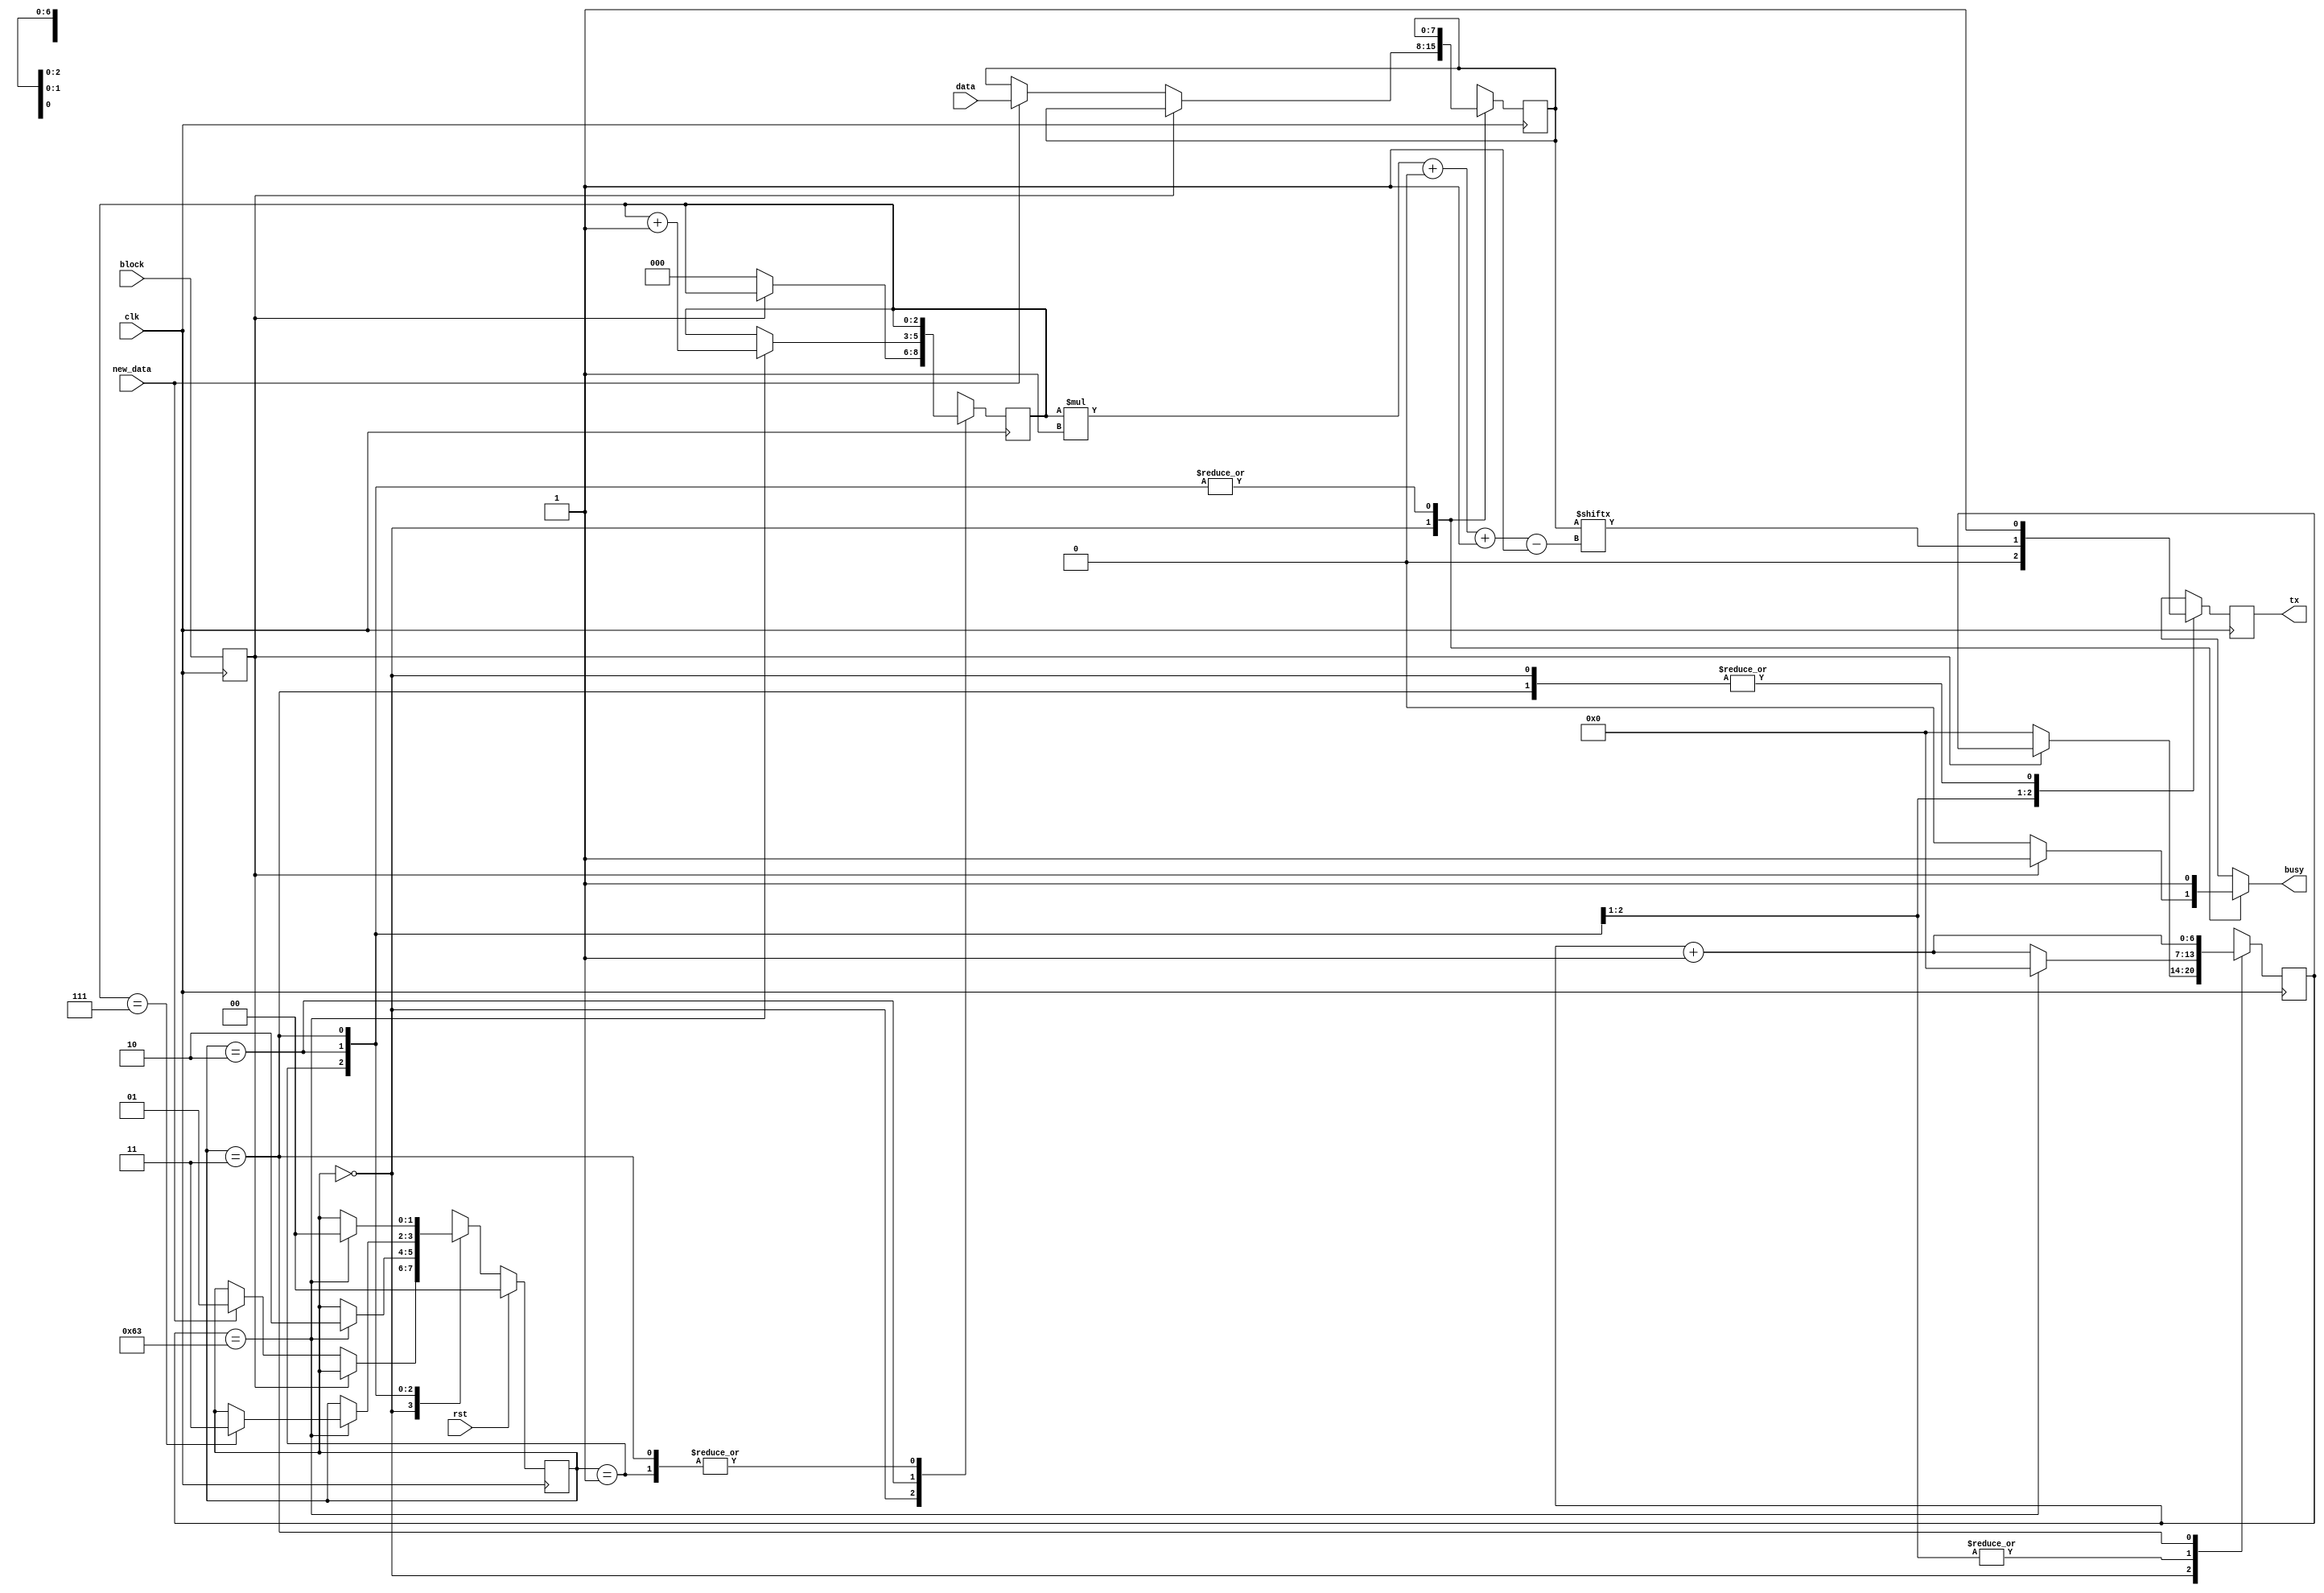
module uart_tx_4 (
    input clk,
    input rst,
    output reg tx,
    input block,
    output reg busy,
    input [7:0] data,
    input new_data
  );
  
  localparam CLK_FREQ = 27'h5f5e100;
  localparam BAUD = 20'hf4240;
  
  
  localparam CLK_PER_BIT = 29'h00000064;
  
  localparam CTR_SIZE = 3'h7;
  
  localparam IDLE_state = 2'd0;
  localparam START_BIT_state = 2'd1;
  localparam DATA_state = 2'd2;
  localparam STOP_BIT_state = 2'd3;
  
  reg [1:0] M_state_d, M_state_q = IDLE_state;
  reg [6:0] M_ctr_d, M_ctr_q = 1'h0;
  reg [2:0] M_bitCtr_d, M_bitCtr_q = 1'h0;
  reg [7:0] M_savedData_d, M_savedData_q = 1'h0;
  reg M_txReg_d, M_txReg_q = 1'h0;
  reg M_blockFlag_d, M_blockFlag_q = 1'h0;
  
  always @* begin
    M_state_d = M_state_q;
    M_ctr_d = M_ctr_q;
    M_blockFlag_d = M_blockFlag_q;
    M_txReg_d = M_txReg_q;
    M_savedData_d = M_savedData_q;
    M_bitCtr_d = M_bitCtr_q;
    
    tx = M_txReg_q;
    busy = 1'h1;
    M_blockFlag_d = block;
    
    case (M_state_q)
      IDLE_state: begin
        M_txReg_d = 1'h1;
        if (!M_blockFlag_q) begin
          busy = 1'h0;
          M_bitCtr_d = 1'h0;
          M_ctr_d = 1'h0;
          if (new_data) begin
            M_savedData_d = data;
            M_state_d = START_BIT_state;
          end
        end
      end
      START_BIT_state: begin
        M_ctr_d = M_ctr_q + 1'h1;
        M_txReg_d = 1'h0;
        if (M_ctr_q == 30'h00000063) begin
          M_ctr_d = 1'h0;
          M_state_d = DATA_state;
        end
      end
      DATA_state: begin
        M_txReg_d = M_savedData_q[(M_bitCtr_q)*1+0-:1];
        M_ctr_d = M_ctr_q + 1'h1;
        if (M_ctr_q == 30'h00000063) begin
          M_ctr_d = 1'h0;
          M_bitCtr_d = M_bitCtr_q + 1'h1;
          if (M_bitCtr_q == 3'h7) begin
            M_state_d = STOP_BIT_state;
          end
        end
      end
      STOP_BIT_state: begin
        M_txReg_d = 1'h1;
        M_ctr_d = M_ctr_q + 1'h1;
        if (M_ctr_q == 30'h00000063) begin
          M_state_d = IDLE_state;
        end
      end
      default: begin
        M_state_d = IDLE_state;
      end
    endcase
  end
  
  always @(posedge clk) begin
    M_ctr_q <= M_ctr_d;
    M_bitCtr_q <= M_bitCtr_d;
    M_savedData_q <= M_savedData_d;
    M_txReg_q <= M_txReg_d;
    M_blockFlag_q <= M_blockFlag_d;
    
    if (rst == 1'b1) begin
      M_state_q <= 1'h0;
    end else begin
      M_state_q <= M_state_d;
    end
  end
  
endmodule